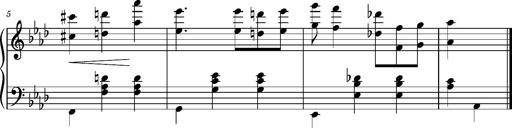
Title: Album-Leaf 'Frankfurt'
Composer: Franz Liszt
Key: A-flat major